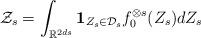
LaTeX: \begin{align*}\mathcal{Z}_s = \int_{\mathbb{R}^{2ds}}\mathbf{1}_{Z_s \in \mathcal{D}_s} f_0^{\otimes s} (Z_s) dZ_s\end{align*}